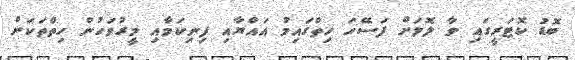
ބޮޑު ކޮޓަރީގައި ވާ ލޮލަށް ފަސޭހަ ހިތްގައިމު އައްޔާއި ފިނިކަމާއި މީރުވަހުން ހިތްތަކަށް